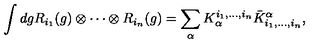
\int d g R _ { i _ { 1 } } ( g ) \otimes \cdots \otimes R _ { i _ { n } } ( g ) = \sum _ { \alpha } K _ { \alpha } ^ { i _ { 1 } , \ldots , i _ { n } } { \bar { K } ^ { \alpha } } _ { i _ { 1 } , \ldots , i _ { n } } ,